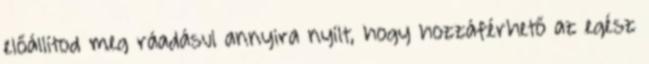
előállítod meg ráadásul annyira nyílt, hogy hozzáférhető az egész